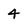
Character: 4